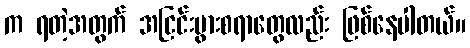
က ရတဲ့အတွက် အငြင်းပွားစရာတွေလည်း ဖြစ်နေပါတယ်။